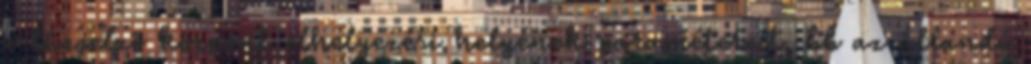
a tûzjelzõ központ elhelyezési helyének paramétereit, bb az állandó